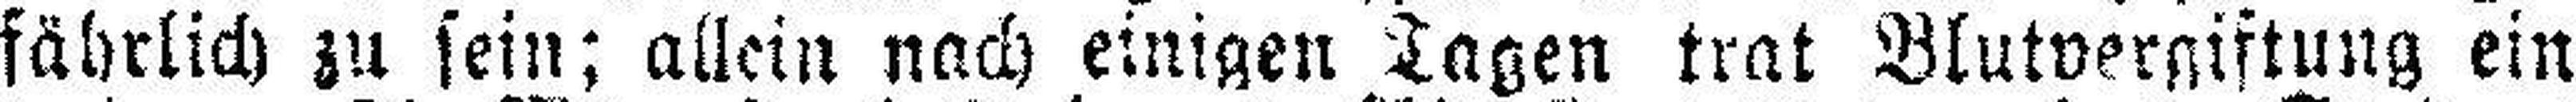
fährlich zu sein; allein nach einigen Tagen trat Blutvergiftung ein